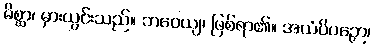
မိစ္ဆာ၊ မှားယွင်းသည်။ ဘဝေယျ၊ ဖြစ်ရာ၏။ အယံပိပဉှော၊